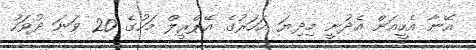
އޭނާ އެހީއަށް އެދުނީ މިދިޔަ އަހަރުގެ އޭޕްރީލް މަހުގެ 20 ވަނަ ދުވަހު